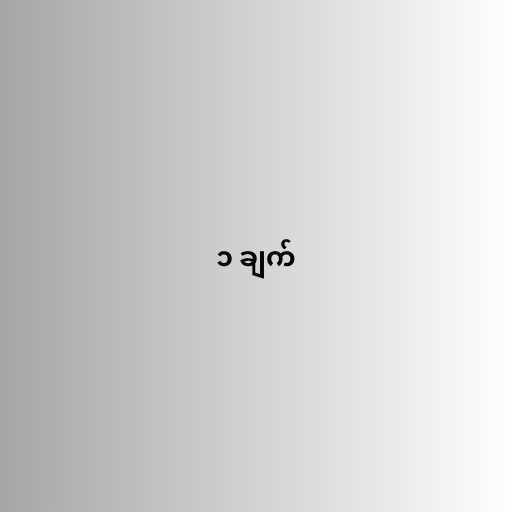
၁ ချက်